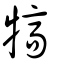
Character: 犒